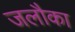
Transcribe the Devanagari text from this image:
जलौका